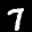
Label: 7